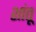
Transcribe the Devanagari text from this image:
शांतू